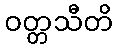
ဝတ္တသီတိ